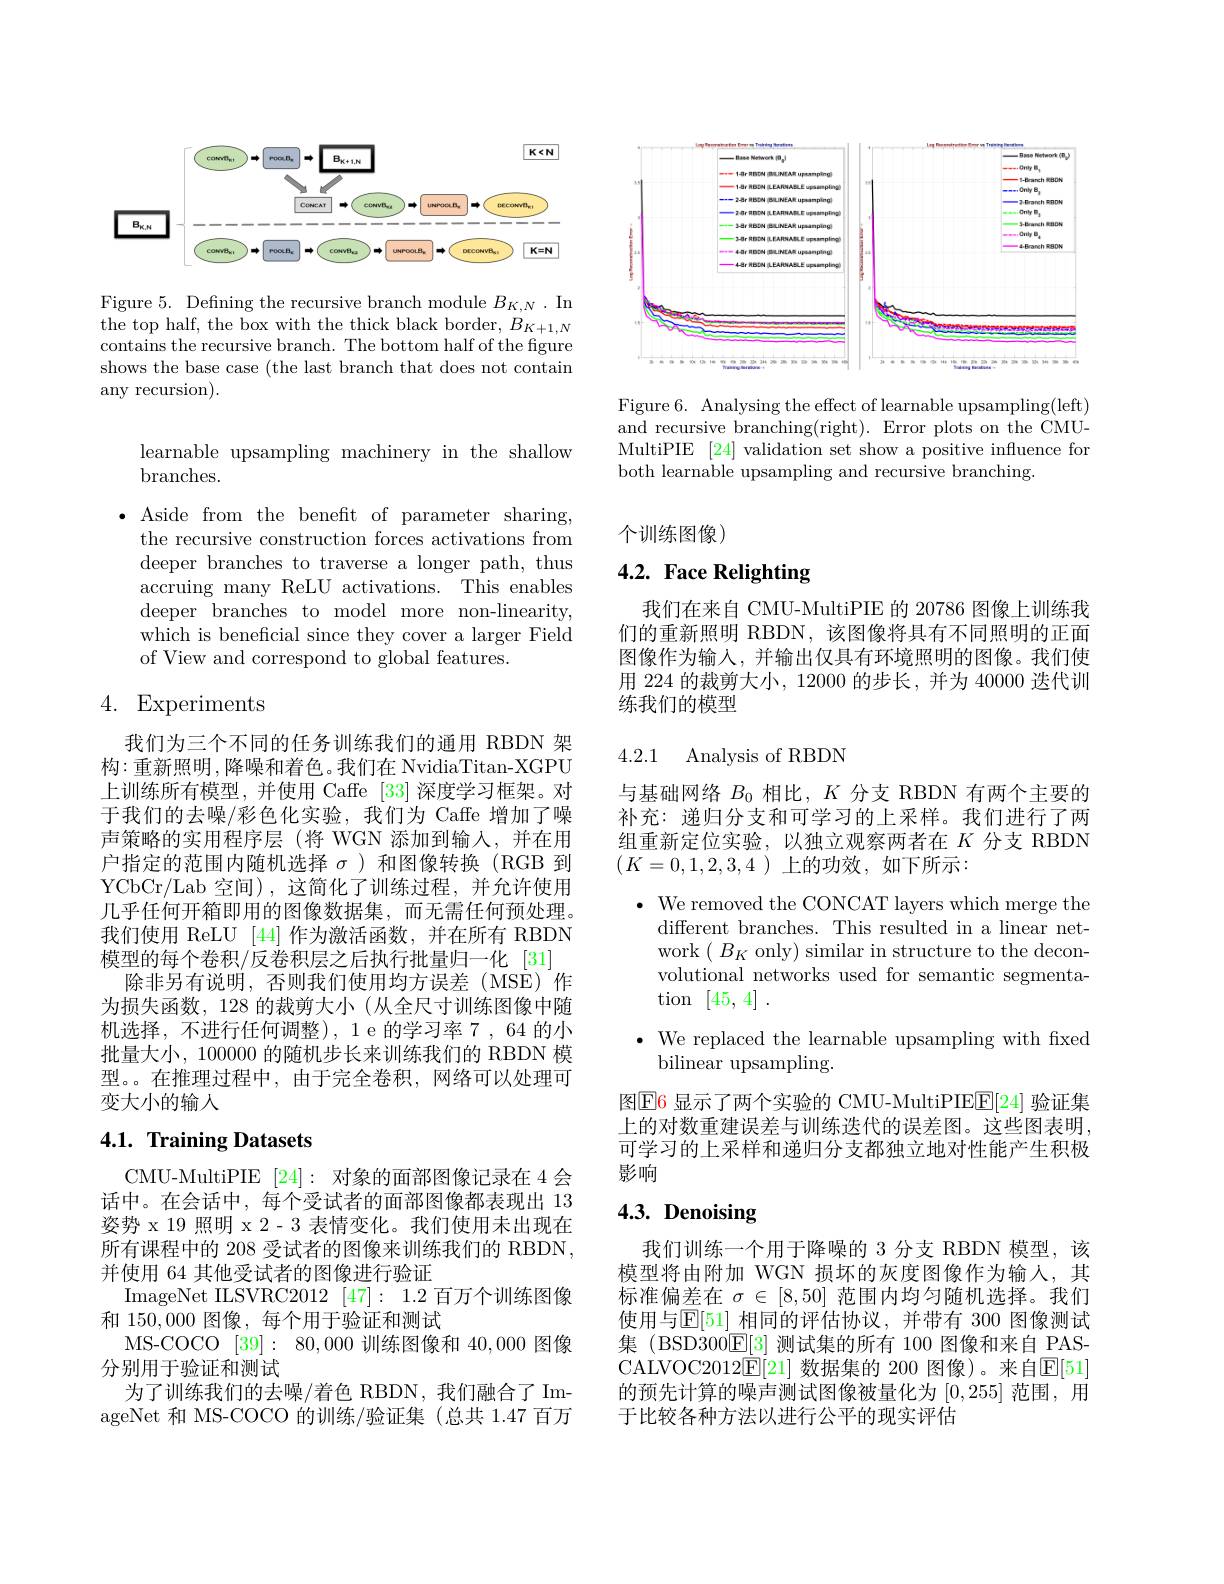
<FigureHere>

Figure 5. Defining the recursive branch module $B_K,N.$ In the top half, the box with the thick black border, $B_K+1,N$ contains the recursive branch. The bottom half of the figure shows the base case (the last branch that does not contain any recursion).

learnable upsampling machinery in the shallow
branches.

$\bullet$ Aside from the benefit of parameter sharing,
the recursive construction forces activations from deeper branches to traverse a longer path, thus accruing many ReLU activations. This enables deeper branches to model more non-linearity, which is beneficial since they cover a larger Field of View and correspond to global features.

# 4. Experiments

我们为三个不同的任务训练我们的通用 RBDN 架构：重新照明，降噪和着色。我们在 NvidiaTitan-XGPU 上训练所有模型，并使用 Caffe [33] 深度学习框架。对于我们的去噪/彩色化实验，我们为 Caffe 增加了噪声策略的实用程序层(将 WGN 添加到输入，并在用户指定的范围内随机选择$\sigma$)和图像转换(RGB 到YCbCr/Lab 空间),这简化了训练过程，并允许使用几乎任何开箱即用的图像数据集，而无需任何预处理。我们使用 ReLU [44] 作为激活函数，并在所有 RBDN 模型的每个卷积/反卷积层之后执行批量归一化 [31]
除非另有说明，否则我们使用均方误差(MSE)作为损失函数，128 的裁剪大小 (从全尺寸训练图像中随机选择，不进行任何调整),1e的学习率7，64的小批量大小，100000 的随机步长来训练我们的 RBDN 模型。。在推理过程中，由于完全卷积，网络可以处理可变大小的输人

## 4.1. Training Datasets

CMU-MultiPIE [24]: 对象的面部图像记录在 4 会话中。在会话中，每个受试者的面部图像都表现出 13姿势 x 19 照明 x 2- 3 表情变化。我们使用未出现在所有课程中的 208 受试者的图像来训练我们的 RBDN, 并使用 64 其他受试者的图像进行验证
ImageNet ILSVRC2012 [ 47] : 1. 2 百万个训练图像
和150，000图像，每个用于验证和测试
MS-COCO [39]:80,000训练图像和40，000图像
分别用于验证和测试
为了训练我们的去噪/着色 RBDN,我们融合了 ImageNet 和 MS-COCO 的训练/验证集 (总共 1.47 百万

<FigureHere>

Figure 6. Analysing the effect of learnable upsampling(left) and recursive branching(right). Error plots on the CMUMultiPIE [24] validation set show a positive influence for both learnable upsampling and recursive branching.

个训练图像)

# 4.2. Face Relighting

我们在来自 CMU-MultiPIE 的 20786 图像上训练我们的重新照明 RBDN,该图像将具有不同照明的正面图像作为输入，并输出仅具有环境照明的图像。我们使用 224 的裁剪大小，12000 的步长，并为 40000 迭代训练我们的模型

## 4.2.1 Analysis of RBDN

与基础网络$B_0$相比，$K$分支 RBDN 有两个主要的补充：递归分支和可学习的上采样。我们进行了两组重新定位实验，以独立观察两者在$K$分支 RBDN $(K=0,1,2,3,4$上的功效，如下所示：
$\cdot$ We removed the CONCAT lavers which merge the
different branches. This resulted in a linear network$(B_{K}$ only) similar in structure to the deconvolutional networks used for semantic segmentation [45,4].
$\bullet$ We replaced the learnable upsampling with fixed
bilinear upsampling
图E6 显示了两个实验的 CMU-MultiPIEE[24] 验证集上的对数重建误差与训练迭代的误差图。这些图表明可学习的上采样和递归分支都独立地对性能产生积极

影响

# 4.3. Denoising

我们训练一个用于降噪的 3 分支 RBDN 模型，该模型将由附加 WGN 损坏的灰度图像作为输人，其标准偏差在$\sigma\in[8,50]$范围内均匀随机选择。我们使用与$\mathbb{E}[51]$ 相同的评估协议，并带有 300 图像测试集 (BSD300$\overline{\mathrm{E}}[3]$测试集的所有 100 图像和来自 PASCALVOC2012$\overline {\mathrm{E} }$[ 21] 数据集的 200 图像)。来自$\overline {\mathrm{E} }$[ 51] 的预先计算的噪声测试图像被量化为[0,255]范围，用于比较各种方法以进行公平的现实评估